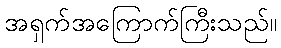
အရှက်အကြောက်ကြီးသည်။